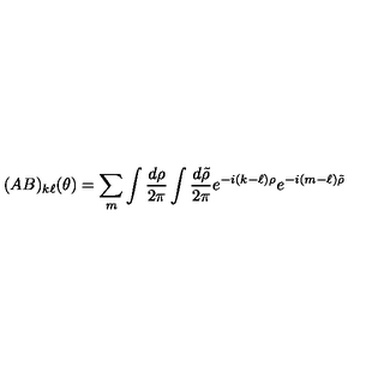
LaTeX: ( A B ) _ { k \ell } ( \theta ) = \sum _ { m } \int { \frac { d \rho } { 2 \pi } } \int { \frac { d \tilde { \rho } } { 2 \pi } } e ^ { - i ( k - \ell ) \rho } e ^ { - i ( m - \ell ) \tilde { \rho } }